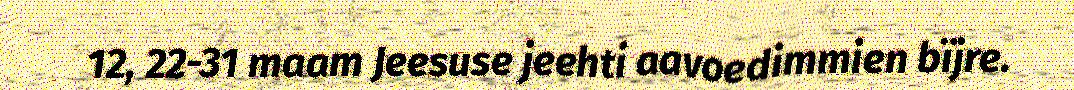
12, 22-31 maam Jeesuse jeehti aavoedimmien bïjre.